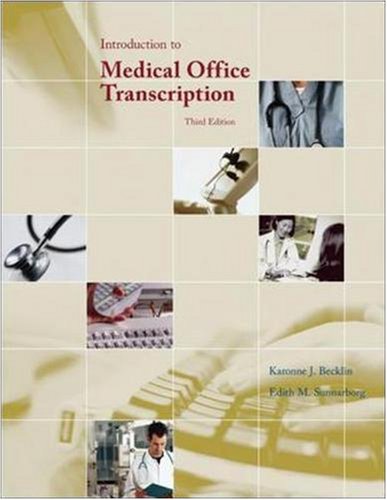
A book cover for Introduction to Medical Office Transcription; Karonne Becklin; Medical Books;